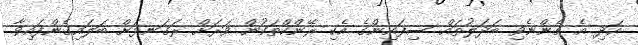
އަދި އެ ގެންނެވި ބަދަލުތައް ސިފައިންގެ އެކި ރޭންކްތަކުން ވަރަށް ރަގަނޅަށް ބަލައިގެންފައިވާ